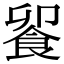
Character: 𩛁